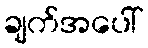
ချက်အပေါ်